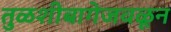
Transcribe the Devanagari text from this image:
तुळशीबागेजवळून